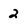
Character: 2